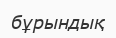
бұрындық